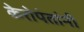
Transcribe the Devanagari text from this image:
केरोपंतांनी